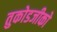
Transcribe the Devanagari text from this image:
तुकोडजीको